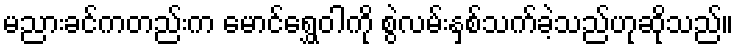
မညားခင်ကတည်းက မောင်ရွှေဝါကို စွဲလမ်းနှစ်သက်ခဲ့သည်ဟုဆိုသည်။